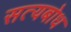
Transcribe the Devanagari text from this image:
सत्यबोध